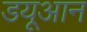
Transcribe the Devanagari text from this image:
डयूआन